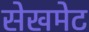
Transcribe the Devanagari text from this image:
सेखमेट